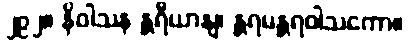
၂၉၂။ နိဝါသန န္တရီယာနျ၊ န္တရမန္တရဝါသကော။